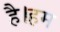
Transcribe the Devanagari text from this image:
है।हम